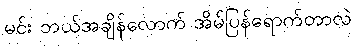
မင်း ဘယ်အချိန်လောက် အိမ်ပြန်ရောက်တာလဲ